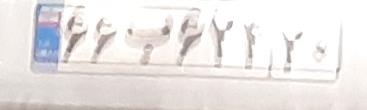
۶۶ب۶۲۱۲۰